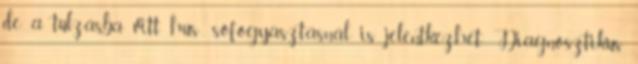
de a túlzásba vitt hús-, sófogyasztásnál is jelentkezhet. Diagnosztikus